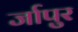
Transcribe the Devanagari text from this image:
र्जापुर